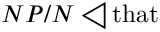
N P / N \triangleleft { \mathrm { t h a t } }